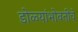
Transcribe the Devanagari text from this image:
डोळ्यांभोवतीचे